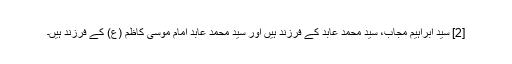
[2] سید ابراہیم مجاب، سید محمد عابد کے فرزند ہیں اور سید محمد عابد امام موسی کاظم (ع) کے فرزند ہیں۔